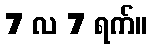
7 လ 7 ရက်။